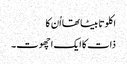
اکلوتا بیٹا تھا اُن کا
ذات کا ایک اچھوت۔